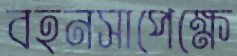
বহনসাপেক্ষে